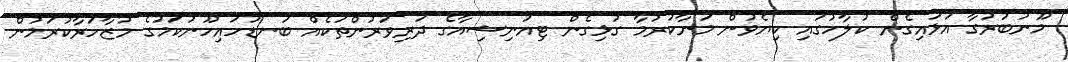
މޫނުބުރުގާ އަޅައިގެން ކުލާހުގައި ކިޔެވުން މަނާކުރުމާ ގުޅިގެން ޓިއުނިޝިއާގެ ދަރިވަރުންތަކެއް ބަނޑުހައިހޫނުކަމުގެ މުޒާހަރާކުރަމުން